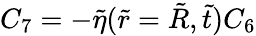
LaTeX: C_{7}=-\tilde{\eta}(\tilde{r}=\tilde{R},\tilde{t})C_{6}